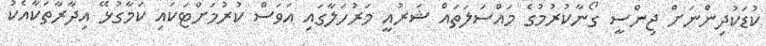
ކުޑަކުދިންނަށް ޖިންސީ ގޯނާކުރުމުގެ މައްސަލަތައް ޝަރުއީ މަރުހަލާގައި އަވަސް ކުރުމަށްޓަކައި ކަމާގުޅޭ އިދާރާތަކާއެކު